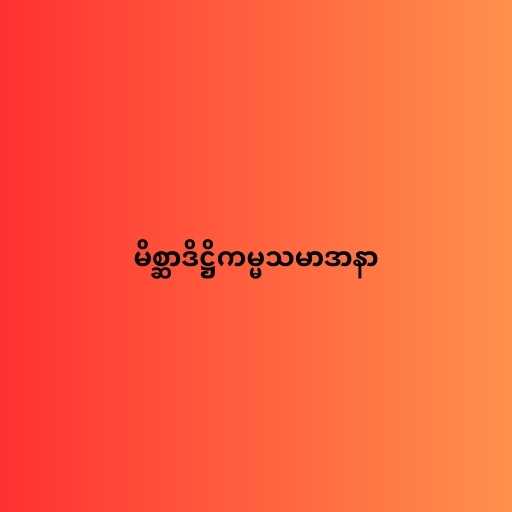
မိစ္ဆာဒိဋ္ဌိကမ္မသမာဒာနာ